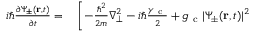
\begin{array} { r l } { i \hbar \frac { \partial \Psi _ { \pm } ( \mathbf { r } , t ) } { \partial t } = } & { { } \left[ - \frac { \hbar ^ { 2 } } { 2 m } \nabla _ { \bot } ^ { 2 } - i \hbar \frac { \gamma _ { \mathrm { ~ c ~ } } } { 2 } + g _ { \mathrm { ~ c ~ } } | \Psi _ { \pm } ( \mathbf { r } , t ) | ^ { 2 } \right. } \end{array}